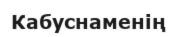
Кабуснаменің